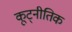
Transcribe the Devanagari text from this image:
कूट्नीतिक